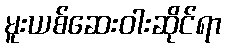
မူးယစ်ဆေးဝါးဆိုင်ရာ